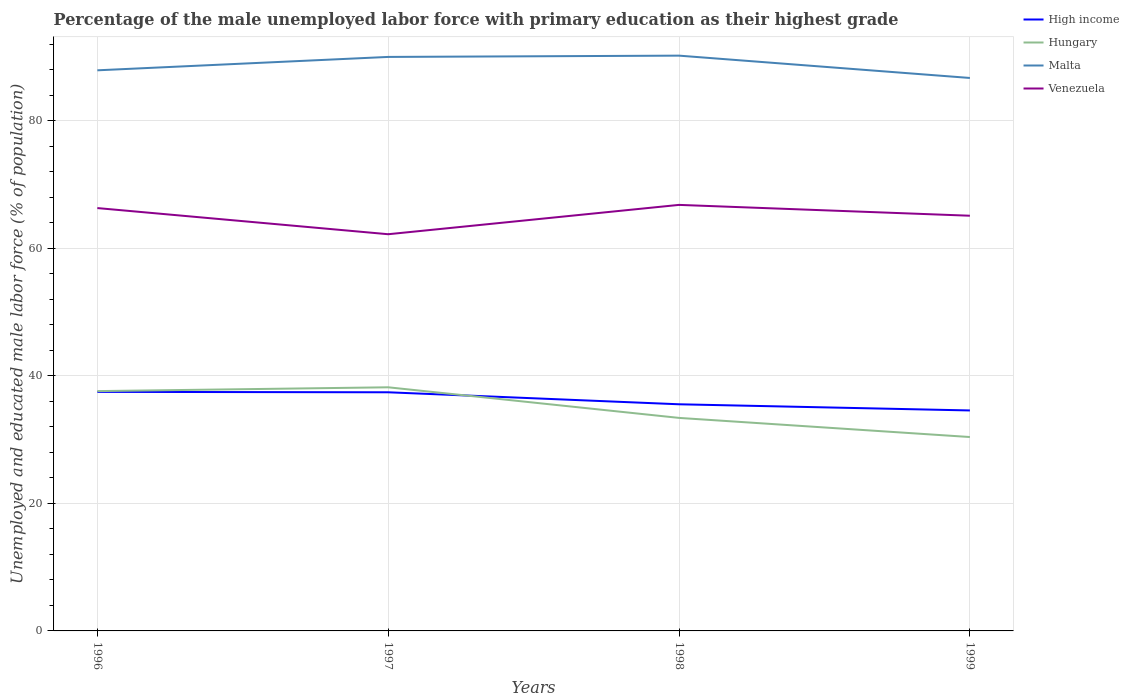
| Years | High income | Hungary | Malta | Venezuela |
 | --- | --- | --- | --- | --- |
 | 1996 | 37.5 | 37.6 | 87.9 | 66.3 |
 | 1997 | 37.4 | 38.2 | 90 | 62.2 |
 | 1998 | 35.5 | 33.4 | 90.2 | 66.8 |
 | 1999 | 34.6 | 30.4 | 86.7 | 65.1 |